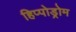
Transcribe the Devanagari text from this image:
हिप्पोड्रोम